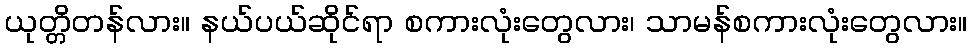
ယုတ္တိတန်လား။ နယ်ပယ်ဆိုင်ရာ စကားလုံးတွေလား၊ သာမန်စကားလုံးတွေလား။